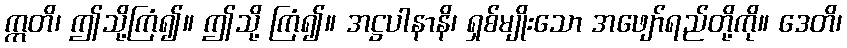
ဣတိ၊ ဤသို့ကြံ၍။ ဤသို့ ကြံ၍။ အဋ္ဌပါနာနိ၊ ရှစ်မျိုးသော အဖျော်ရည်တို့ကို။ ဒေတိ၊